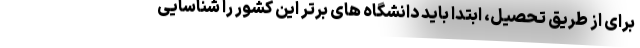
برای از طریق تحصیل، ابتدا باید دانشگاه های برتر این کشور را شناسایی